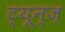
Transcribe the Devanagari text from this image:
ट्यून्ज़